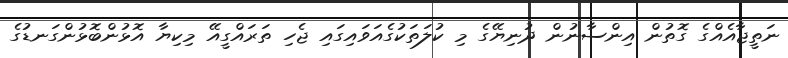
ނަތީޖާއެއްގެ ގޮތުން އިންސާނުން ދުނިޔޭގެ މި ކުލަތަކުގެއަވައިގައި ޖެހި ތަރައްގީއޭ މިކިޔާ އޮޅުންބޮޅުންގަނޑުގެ